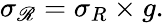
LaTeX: \sigma_{\mathscr R}=\sigma_{R}\times g.